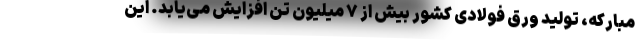
مبارکه، تولید ورق فولادی کشور بیش از ۷ میلیون تن افزایش می‌یابد. این